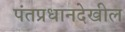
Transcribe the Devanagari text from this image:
पंतप्रधानदेखील